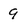
Character: 9